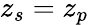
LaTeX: z_{s}=z_{p}